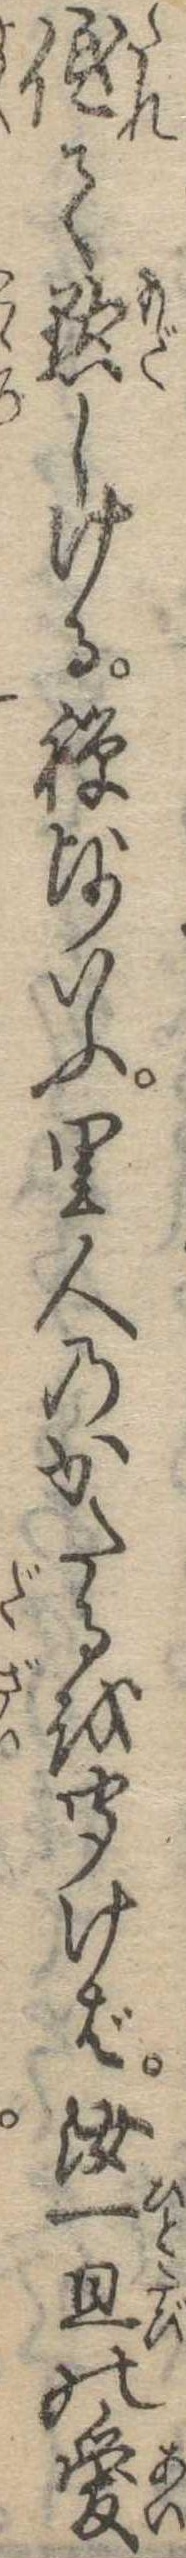
低て黙しける禅師いふ里人のかたるを聞けば汝一旦の愛